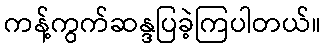
ကန့်ကွက်ဆန္ဒပြခဲ့ကြပါတယ်။